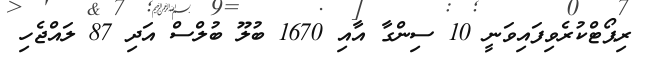
ރިޕޯޓްކުރެވިފައިވަނީ 10 ސިންގާ އާއި 1670 ބުލޫ ބުލްސް އަދި 87 ލައްޖެހި